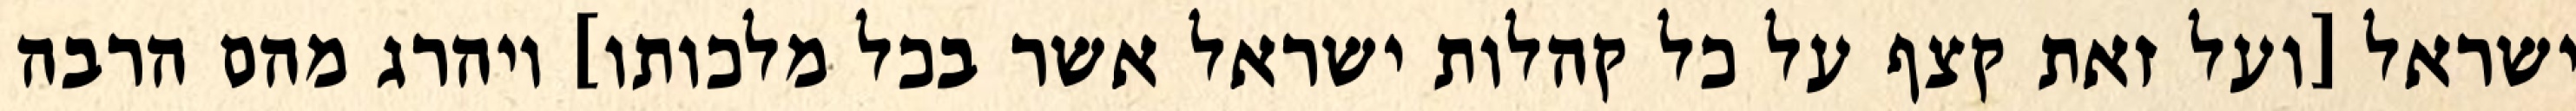
ישראל [ועל זאת קצף על כל קהלות ישראל אשר בכל מלכותו] ויהרג מהם הרבה